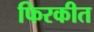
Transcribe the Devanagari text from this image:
फिरकीत